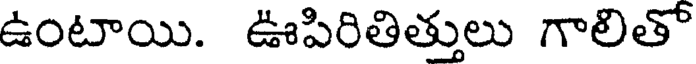
ఉంటాయి. ఊపిరితిత్తులు గాలితో